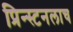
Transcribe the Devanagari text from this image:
प्रिन्स्टनलाच